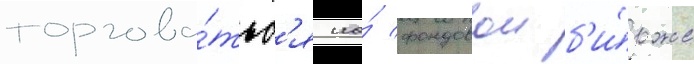
торгова́тьс'я на́ фондовои б'и́рже